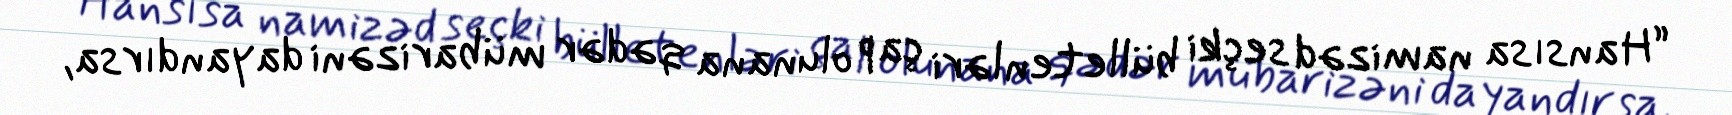
“Hansısa namizəd seçki bülletenləri çap olunana qədər mübarizəni dayandırsa,